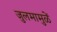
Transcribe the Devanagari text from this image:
जुलमामुळें